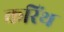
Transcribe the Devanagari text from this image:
करिंथ